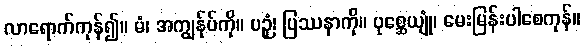
လာရောက်ကုန်၍။ မံ၊ အကျွန်ုပ်ကို။ ပဉှံ၊ ပြဿနာကို။ ပုစ္ဆေယျုံ၊ မေးမြန်းပါစေကုန်။